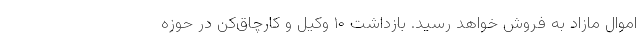
اموال مازاد به فروش خواهد رسید. بازداشت ۱۰ وکیل و کارچاق‌کن در حوزه